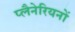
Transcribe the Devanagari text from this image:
प्लैनेरियनों